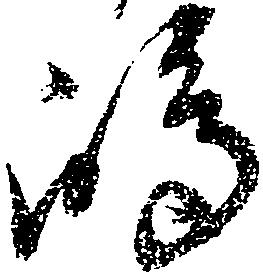
嶋